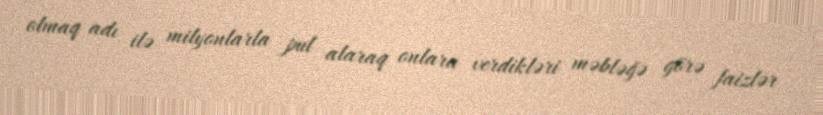
olmaq adı ilə milyonlarla pul alaraq onlara verdikləri məbləğə görə faizlər